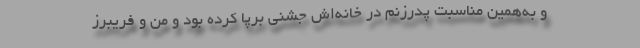
و به‌همین مناسبت پدرزنم در خانه‌اش جشنی برپا کرده بود و من و فریبرز